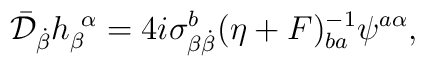
\bar{\cal D}_{\dot{\beta}}h_{\beta}^{~\alpha} = 4i \sigma^b_{\beta{\dot{\beta}}} (\eta +F)^{-1}_{ba}\psi^{a\alpha},